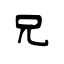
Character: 兄